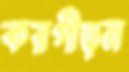
করপীড়ন